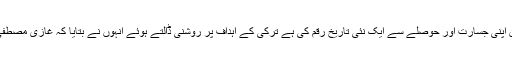
” امسال 15 جولائی کے واقعات کی مثال پیش کرتے ہوئے صدر اردوان نے کہا کہ بہادر ترک عوام نے اس دن اپنی جسارت اور حوصلے سے ایک نئی تاریخ رقم کی ہے ترکی کے اہداف پر روشنی ڈالتے ہوئے انہوں نے بتایا کہ غازی مصطفیٰ کمال پاشا کی ہمیں دی گئی اس نشانی کو مستحکم بنانے کے لیے شب و روز ایک کرنا حکومت کا شعار ہے۔